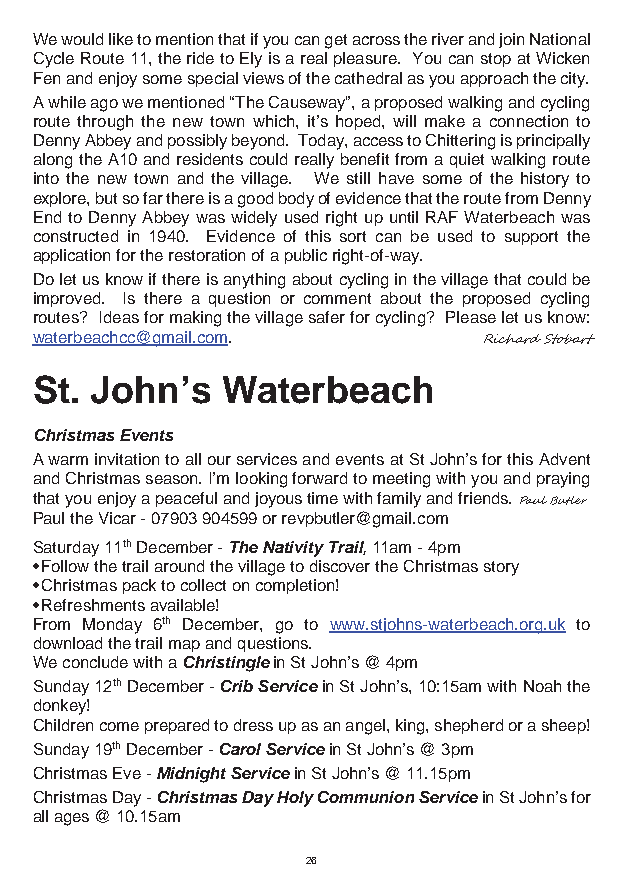
We would like to mention that if you can get across the river and join National
 Cycle Route 11, the ride to Ely is a real pleasure. You can stop at Wicken
 Fen and enjoy some special views of the cathedral as you approach the city.
 A while ago we mentioned “The Causeway”, a proposed walking and cycling
 route through the new town which, it’s hoped, will make a connection to
 Denny Abbey and possibly beyond. Today, access to Chittering is principally
 along the A10 and residents could really benefit from a quiet walking route
 into the new town and the village. We still have some of the history to
 explore, but so far there is a good body of evidence that the route from Denny
 End to Denny Abbey was widely used right up until RAF Waterbeach was
 constructed in 1940. Evidence of this sort can be used to support the
 application for the restoration of a public right-of-way.
 Do let us know if there is anything about cycling in the village that could be
 improved. Is there a question or comment about the proposed cycling
 routes? Ideas for making the village safer for cycling? Please let us know:
 waterbeachcc@gmail.com.
 Richard Stobart
 St. John’s   Waterbeach
 Christmas Events
 A warm invitation to all our services and events at St John’s for this Advent
 and Christmas season. I’m looking forward to meeting with you and praying
 that you enjoy a peaceful and joyous time with family and friends.
 Paul Butler
 Paul the Vicar - 07903 904599 or revpbutler@gmail.com
 Saturday 11th December - The Nativity Trail, 11am - 4pm
 • Follow the trail around the village to discover the Christmas story
 • Christmas pack to collect on completion!
 • Refreshments available!
 From Monday 6th December, go to www.stjohns-waterbeach.org.uk to
 download the trail map and questions.
 We conclude with a Christingle in St John’s @ 4pm
 Sunday 12th December - Crib Service in St John’s, 10:15am with Noah the
 donkey!
 Children come prepared to dress up as an angel, king, shepherd or a sheep!
 Sunday 19th December - Carol Service in St John’s @ 3pm
 Christmas Eve - Midnight Service in St John’s @ 11.15pm
 Christmas Day - Christmas Day Holy Communion Service in St John’s for
 all ages @ 10.15am
 26